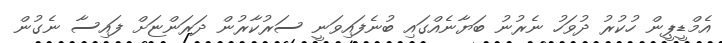
އެމްޑީޕީން ހުކުރު ދުވަހު ނެރުނު ބަޔާނެއްގައި ބުނެފައިވަނީ ސަރުކާރުން ދަރަންޏަށް ފައިސާ ނެގުން